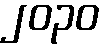
၂၀၃၀